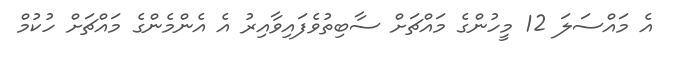
އެ މައްސަލަ 12 މީހުންގެ މައްޗަށް ސާބިތުވެފައިވާއިރު އެ އެންމެންގެ މައްޗަށް ހުކުމް